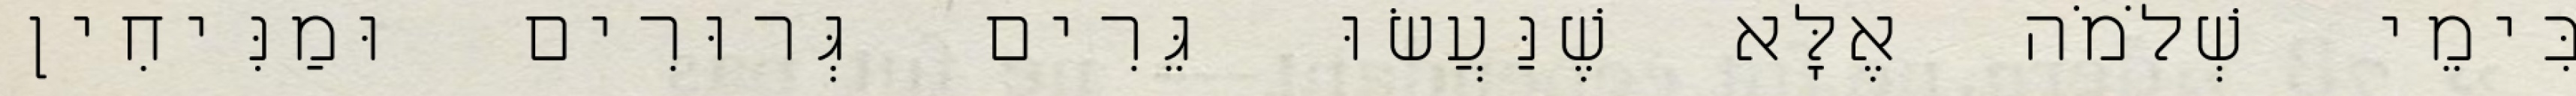
בִּימֵי שְׁלֹמֹה אֶלָּא שֶׁנַּעֲשׂוּ גֵּרִים גְּרוּרִים וּמַנִּיחִין